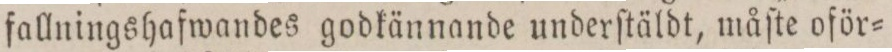
fallningshafwandes godkännande underſtäldt, måſte oför=